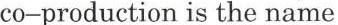
co-production is the name